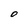
Character: O